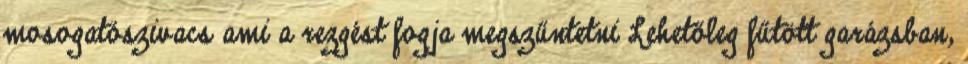
mosogatószivacs ami a rezgést fogja megszűntetni Lehetőleg fűtött garázsban,